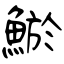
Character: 鯲